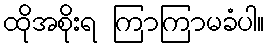
ထိုအစိုးရ ကြာကြာမခံပါ။